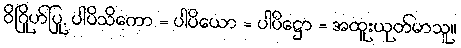
ဝိဂြိုဟ်ပြု, ပါပိသိကော = ပါပိယော = ပါပိဋ္ဌော = အထူးယုတ်မာသူ။